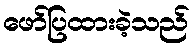
ဖော်ပြထားခဲ့သည်